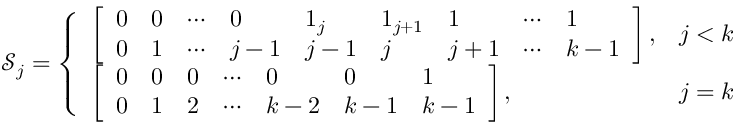
\mathcal { S } _ { j } = \left\{ \begin{array} { l l } { \left[ \begin{array} { l l l l l l l l l } { 0 } & { 0 } & { \cdots } & { 0 } & { 1 _ { j } } & { 1 _ { j + 1 } } & { 1 } & { \cdots } & { 1 } \\ { 0 } & { 1 } & { \cdots } & { j - 1 } & { j - 1 } & { j } & { j + 1 } & { \cdots } & { k - 1 } \end{array} \right] , } & { j < k } \\ { \left[ \begin{array} { l l l l l l l } { 0 } & { 0 } & { 0 } & { \cdots } & { 0 } & { 0 } & { 1 } \\ { 0 } & { 1 } & { 2 } & { \cdots } & { k - 2 } & { k - 1 } & { k - 1 } \end{array} \right] , } & { j = k } \end{array} \right.